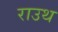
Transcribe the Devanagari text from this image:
राउथ